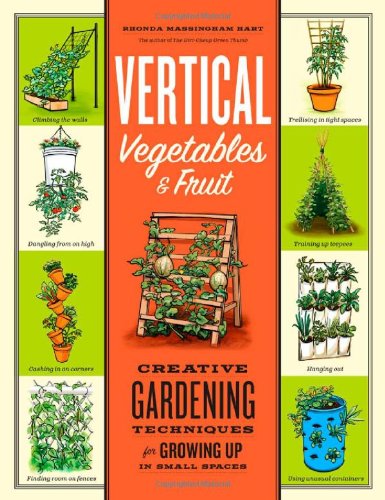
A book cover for Vertical Vegetables & Fruit: Creative Gardening Techniques for Growing Up in Small Spaces; Rhonda Massingham Hart; Crafts, Hobbies & Home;